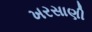
ખરસાણી